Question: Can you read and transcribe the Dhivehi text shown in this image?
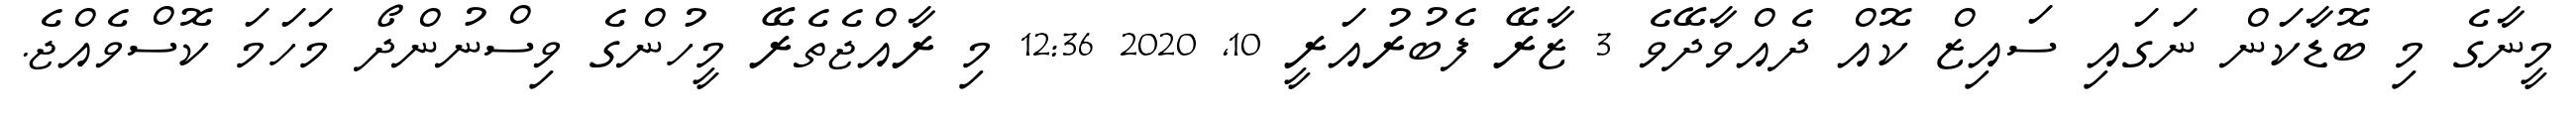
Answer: މީނާގެ މި ބޮޑާކަން ނަގައި ސައިޒް ކޮއް ދެއްވާދޭވެ 3 ޒާރޭ ފެބުރުއަރީ 10, 2020 12:36 މި ރާއްޖެތެރޭ މީހުންގެ ވިސްނުންދޯ މަހަމަ ކޮސްވެއްޖެ.